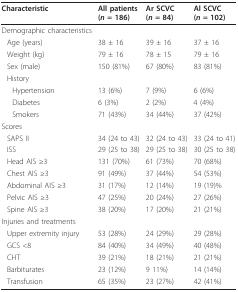
<table><thead><tr><td><b>Characteristic</b></td><td><b>All patients (<i>n </i>= 186)</b></td><td><b>Ar SCVC(<i>n </i>= 84)</b></td><td><b>Al SCVC(<i>n </i>= 102)</b></td></tr></thead><tbody><tr><td>Demographic characteristics</td><td></td><td></td><td></td></tr><tr><td>Age (years)</td><td>38 ± 16</td><td>39 ± 16</td><td>37 ± 16</td></tr><tr><td>Weight (kg)</td><td>79 ± 16</td><td>78 ± 15</td><td>79 ± 16</td></tr><tr><td>Sex (male)</td><td>150 (81%)</td><td>67 (80%)</td><td>83 (81%)</td></tr><tr><td>History</td><td></td><td></td><td></td></tr><tr><td>Hypertension</td><td>13 (6%)</td><td>7 (9%)</td><td>6 (6%)</td></tr><tr><td>Diabetes</td><td>6 (3%)</td><td>2 (2%)</td><td>4 (4%)</td></tr><tr><td>Smokers</td><td>71 (43%)</td><td>34 (44%)</td><td>37 (42%)</td></tr><tr><td>Scores</td><td></td><td></td><td></td></tr><tr><td>SAPS II</td><td>34 (24 to 43)</td><td>32 (24 to 43)</td><td>33 (24 to 41)</td></tr><tr><td>ISS</td><td>29 (25 to 38)</td><td>29 (25 to 38)</td><td>30 (25 to 38)</td></tr><tr><td>Head AIS ≥3</td><td>131 (70%)</td><td>61 (73%)</td><td>70 (68%)</td></tr><tr><td>Chest AIS ≥3</td><td>91 (49%)</td><td>37 (44%)</td><td>54 (53%)</td></tr><tr><td>Abdominal AIS ≥3</td><td>31 (17%)</td><td>12 (14%)</td><td>19 (19)%</td></tr><tr><td>Pelvic AIS ≥3</td><td>47 (25%)</td><td>20 (24%)</td><td>27 (26%)</td></tr><tr><td>Spine AIS ≥3</td><td>38 (20%)</td><td>17 (20%)</td><td>21 (21%)</td></tr><tr><td>Injuries and treatments</td><td></td><td></td><td></td></tr><tr><td>Upper extremity injury</td><td>53 (28%)</td><td>24 (29%)</td><td>29 (28%)</td></tr><tr><td>GCS &lt;8</td><td>84 (40%)</td><td>34 (49%)</td><td>40 (48%)</td></tr><tr><td>CHT</td><td>39 (21%)</td><td>18 (21%)</td><td>21 (21%)</td></tr><tr><td>Barbiturates</td><td>23 (12%)</td><td>9 11%)</td><td>14 (14%)</td></tr><tr><td>Transfusion</td><td>65 (35%)</td><td>23 (27%)</td><td>42 (41%)</td></tr></tbody></table>